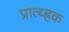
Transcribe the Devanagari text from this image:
प्रात्य्ह्रक